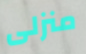
منزلى